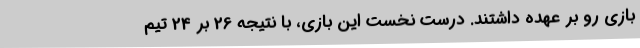
بازی رو بر عهده داشتند. درست نخست این بازی، با نتیجه 26 بر 24 تیم